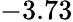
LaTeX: -3.73